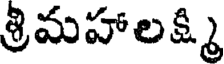
శ్రిమహాలక్ష్మి